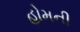
હોમની